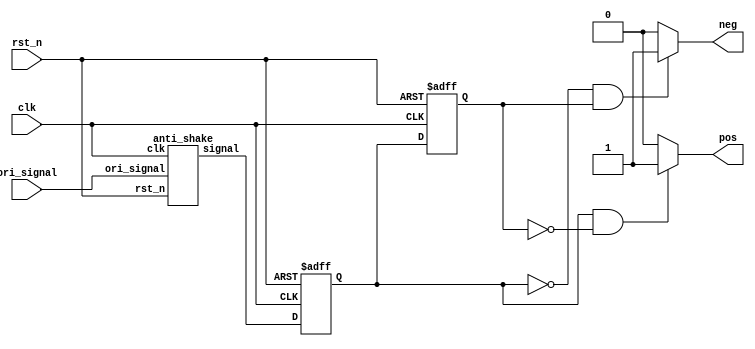
`timescale 1ns / 1ps
//////////////////////////////////////////////////////////////////////////////////
// Company: 
// Engineer: 
// 
// Design Name: 
// Module Name: trans
// Project Name: 
// Target Devices: 
// Tool Versions: 
// Description: 
// 
// Dependencies: 
// 
// Revision:
// Revision 0.01 - File Created
// Additional Comments:
// 
//////////////////////////////////////////////////////////////////////////////////


module trans(clk, ori_signal,rst_n, pos, neg);
    input clk, ori_signal,rst_n;
    output pos, neg;
    

    reg  pulse_r1, pulse_r2; //hasUp means the signal is already at the high ,1 represent already at high, 0 represent already at low
    wire signal;
    anti_shake an1 (clk,ori_signal,rst_n, signal);
    
    always@(posedge clk,negedge rst_n) begin
        
        if(!rst_n) 
            begin
            pulse_r1 <= 1'b0;
            pulse_r2 <= 1'b0;
            end
        else 
            begin
            pulse_r1 <= signal;
            pulse_r2 <= pulse_r1;
            end
        
    end
    
    assign pos=(pulse_r1 && ~pulse_r2) ?1:0;
    assign neg=(~pulse_r1 && pulse_r2) ?1:0; 
endmodule

module anti_shake(clk, ori_signal,rst_n, signal);
        input ori_signal, clk,rst_n;
        output reg signal;

        reg [9:0]counter_p ;
        reg [9:0]counter_n ;
        
        always@(posedge clk,negedge rst_n)
        begin
            if(~rst_n) begin
                signal<=0;
                counter_n <= 10'b0;
                counter_p <= 10'b0;
            end
            else begin
             case (ori_signal)
                     1'b1: 
                     begin
                        if (counter_p > 10'd1000) begin
                                signal <= 1'b1;
                        end
                        counter_n <= 10'b0;
                        counter_p <= counter_p + 10'b1;
                     end
                     1'b0: 
                     begin
                        if (counter_n > 10'd1000) begin
                                signal <= 1'b0;
                        end
                        counter_p <= 10'b0;
                        counter_n <= counter_n + 10'b1;
                     end
             endcase 
             end
        end
endmodule